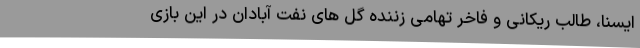
ایسنا، طالب ریکانی و فاخر تهامی زننده گل های نفت آبادان در این بازی